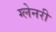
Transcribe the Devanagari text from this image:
ग्‍लेनरी